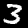
Digit: 3